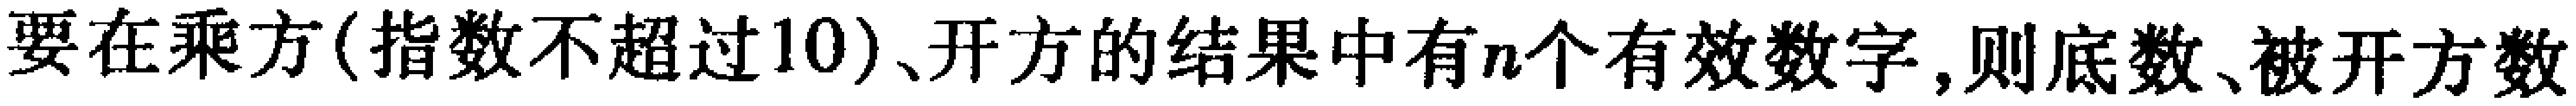
要在乘方(指数不超过10)、开方的结果中有$n$个有效数字,则底数、被开方数